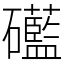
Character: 礷